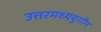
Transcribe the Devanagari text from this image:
उत्तरमध्ययुगीन